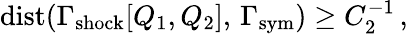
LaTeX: \mathrm{dist}(\Gamma_{\mathrm{shock}}[Q_{1},Q_{2}],\, \Gamma_{\mathrm{sym}})\geq C_{2}^{-1}\, ,